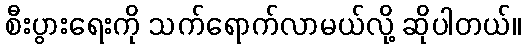
စီးပွားရေးကို သက်ရောက်လာမယ်လို့ ဆိုပါတယ်။